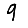
Digit: 9